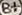
Text: B+